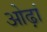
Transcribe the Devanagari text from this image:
ओढ़ां